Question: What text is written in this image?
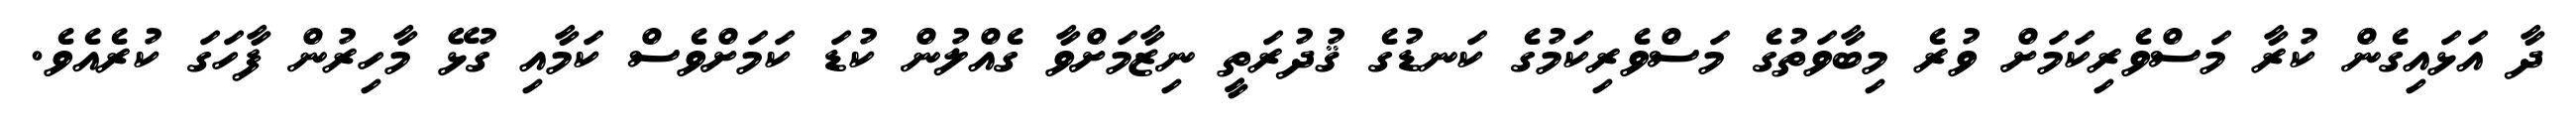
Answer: ދާ އަޅައިގެން ކުރާ މަސްވެރިކަމަށް ވުރެ މިބާވަތުގެ މަސްވެރިކަމުގެ ކަނޑުގެ ޤުދުރަތީ ނިޒާމަށްވާ ގެއްލުން ކުޑަ ކަމަށްވެސް ކަމާއި ގުޅޭ މާހިރުން ފާހަގަ ކުރެއެވެ.